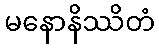
မနောနိဿိတံ